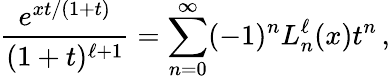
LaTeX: \frac{e^{xt/(1+t)}}{(1+t)^{\ell+1}}=\sum_{n=0}^{\infty}(-1)^{n}L_{n}^{\ell}(x)t^{n}\, ,